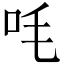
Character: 㕰